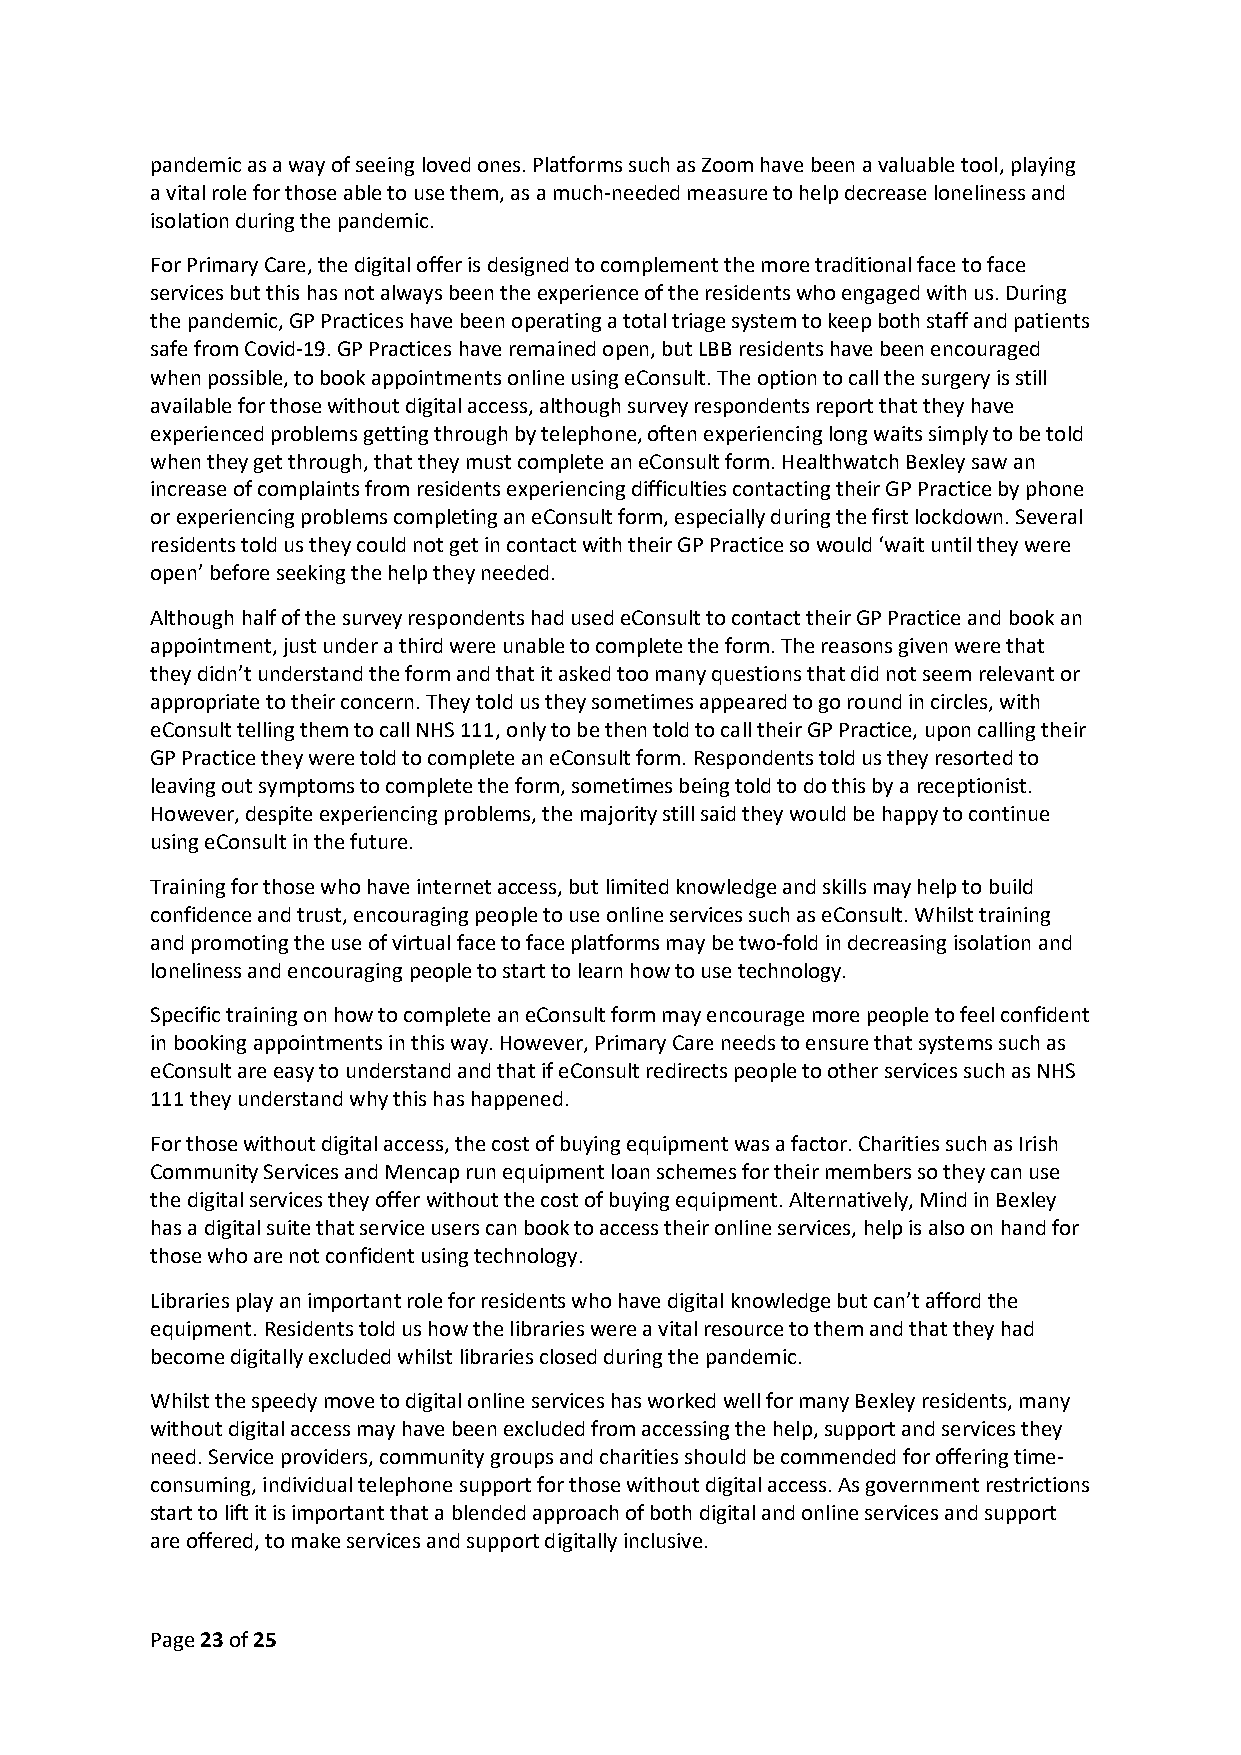
pandemic as a way of seeing loved ones. Platforms such as Zoom have been a valuable tool, playing
 a vital role for those able to use them, as a much-needed measure to help decrease loneliness and
 isolation during the pandemic.
 For Primary Care, the digital offer is designed to complement the more traditional face to face
 services but this has not always been the experience of the residents who engaged with us. During
 the pandemic, GP Practices have been operating a total triage system to keep both staff and patients
 safe from Covid-19. GP Practices have remained open, but LBB residents have been encouraged
 when possible, to book appointments online using eConsult. The option to call the surgery is still
 available for those without digital access, although survey respondents report that they have
 experienced problems getting through by telephone, often experiencing long waits simply to be told
 when they get through, that they must complete an eConsult form. Healthwatch Bexley saw an
 increase of complaints from residents experiencing difficulties contacting their GP Practice by phone
 or experiencing problems completing an eConsult form, especially during the first lockdown. Several
 residents told us they could not get in contact with their GP Practice so would ‘wait until they were
 open’ before seeking the help they needed.
 Although half of the survey respondents had used eConsult to contact their GP Practice and book an
 appointment, just under a third were unable to complete the form. The reasons given were that
 they didn’t understand the form and that it asked too many questions that did not seem relevant or
 appropriate to their concern. They told us they sometimes appeared to go round in circles, with
 eConsult telling them to call NHS 111, only to be then told to call their GP Practice, upon calling their
 GP Practice they were told to complete an eConsult form. Respondents told us they resorted to
 leaving out symptoms to complete the form, sometimes being told to do this by a receptionist.
 However, despite experiencing problems, the majority still said they would be happy to continue
 using eConsult in the future.
 Training for those who have internet access, but limited knowledge and skills may help to build
 confidence and trust, encouraging people to use online services such as eConsult. Whilst training
 and promoting the use of virtual face to face platforms may be two-fold in decreasing isolation and
 loneliness and encouraging people to start to learn how to use technology.
 Specific training on how to complete an eConsult form may encourage more people to feel confident
 in booking appointments in this way. However, Primary Care needs to ensure that systems such as
 eConsult are easy to understand and that if eConsult redirects people to other services such as NHS
 111 they understand why this has happened.
 For those without digital access, the cost of buying equipment was a factor. Charities such as Irish
 Community Services and Mencap run equipment loan schemes for their members so they can use
 the digital services they offer without the cost of buying equipment. Alternatively, Mind in Bexley
 has a digital suite that service users can book to access their online services, help is also on hand for
 those who are not confident using technology.
 Libraries play an important role for residents who have digital knowledge but can’t afford the
 equipment. Residents told us how the libraries were a vital resource to them and that they had
 become digitally excluded whilst libraries closed during the pandemic.
 Whilst the speedy move to digital online services has worked well for many Bexley residents, many
 without digital access may have been excluded from accessing the help, support and services they
 need. Service providers, community groups and charities should be commended for offering time-
 consuming, individual telephone support for those without digital access. As government restrictions
 start to lift it is important that a blended approach of both digital and online services and support
 are offered, to make services and support digitally inclusive.
 Page 23 of 25